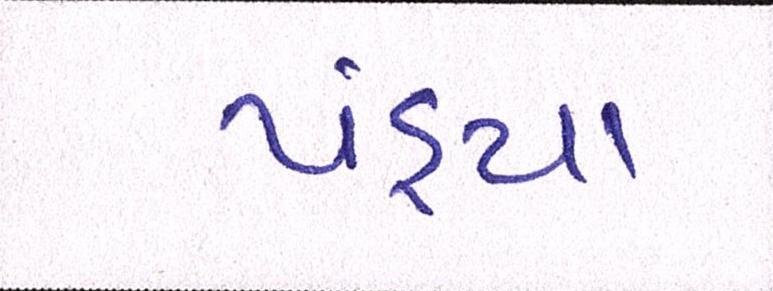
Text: પંડ્યા